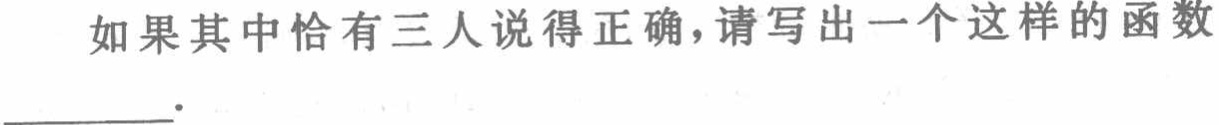
如果其中恰有三人说得正确，请写出一个这样的函数___.